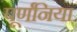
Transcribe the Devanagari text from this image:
पूर्णनिया